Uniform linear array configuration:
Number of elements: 64
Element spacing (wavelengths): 0.75
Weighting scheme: uniform
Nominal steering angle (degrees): -60
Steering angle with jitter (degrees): -59.044
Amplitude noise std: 0.05
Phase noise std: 0.05

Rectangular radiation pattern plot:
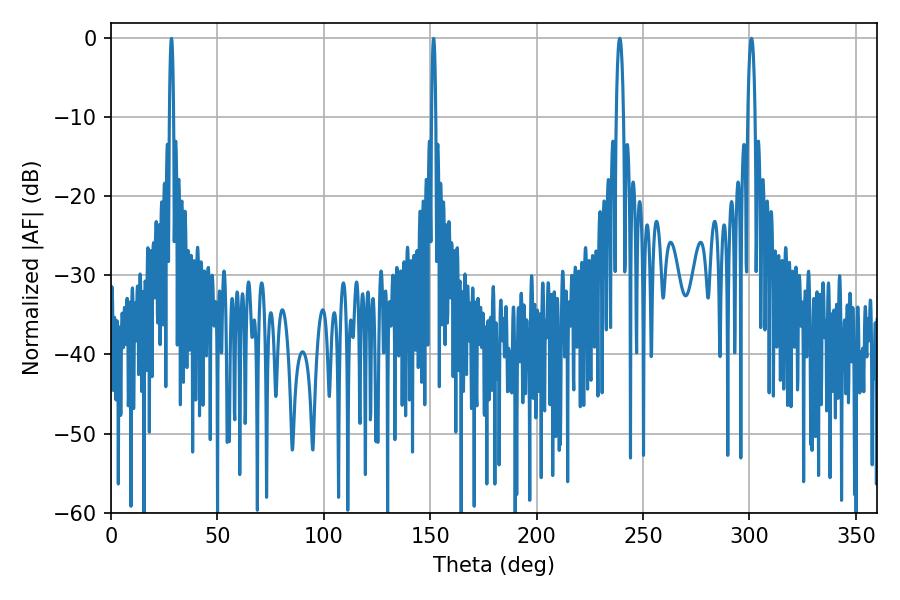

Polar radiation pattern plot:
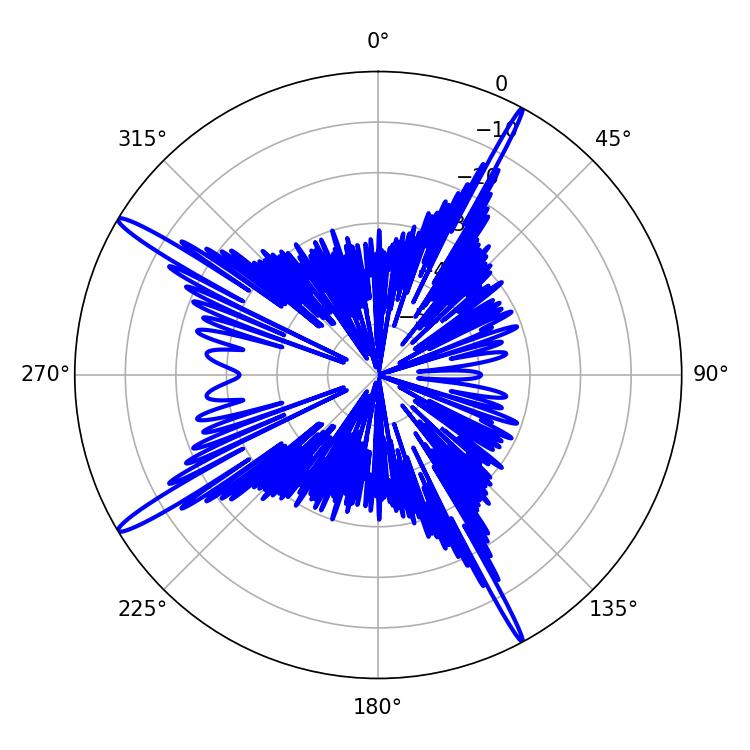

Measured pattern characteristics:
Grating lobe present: TRUE
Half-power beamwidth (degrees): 1.8
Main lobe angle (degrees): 300.96